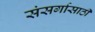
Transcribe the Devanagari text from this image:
संसर्गासाठी